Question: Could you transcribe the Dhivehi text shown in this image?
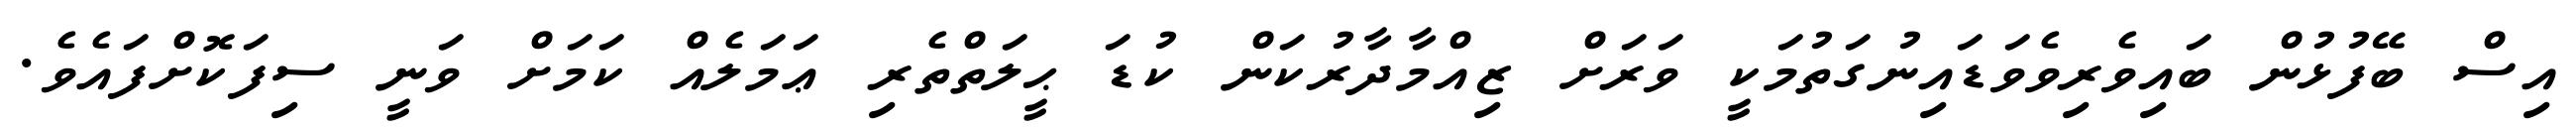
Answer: އިސް ބޭފުޅުން ބައިވެރިވެވަޑައިނުގަތުމަކީ ވަރަށް ޒިއްމާދާރުކަން ކުޑަ ޙީލަތްތެރި ޢަމަލެއް ކަމަށް ވަނީ ސިފަކޮށްފައެވެ.